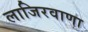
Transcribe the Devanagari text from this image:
लाजिरवाणा